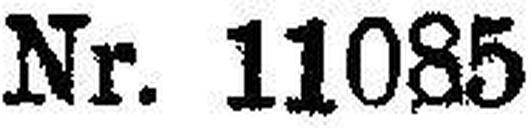
Nr. 11085